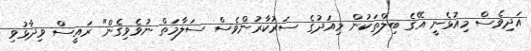
އަދިވެސް މިއުޅެނީ އޭގެ ބިލްތަކުން މިއަދުގެ ސަރުކާރުންވެސް ސަލާމަތް ނުވެވިގެން" ރައީސް ވިދާޅުވި